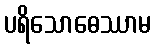
ပရိသောဓေဿာမ